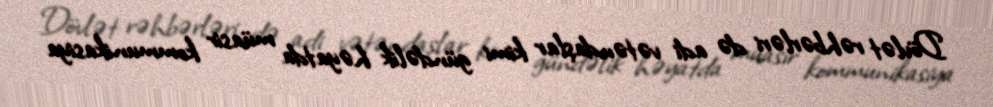
Dövlət rəhbərləri də adi vətəndaşlar kimi gündəlik həyatda müasir kommunikasiya